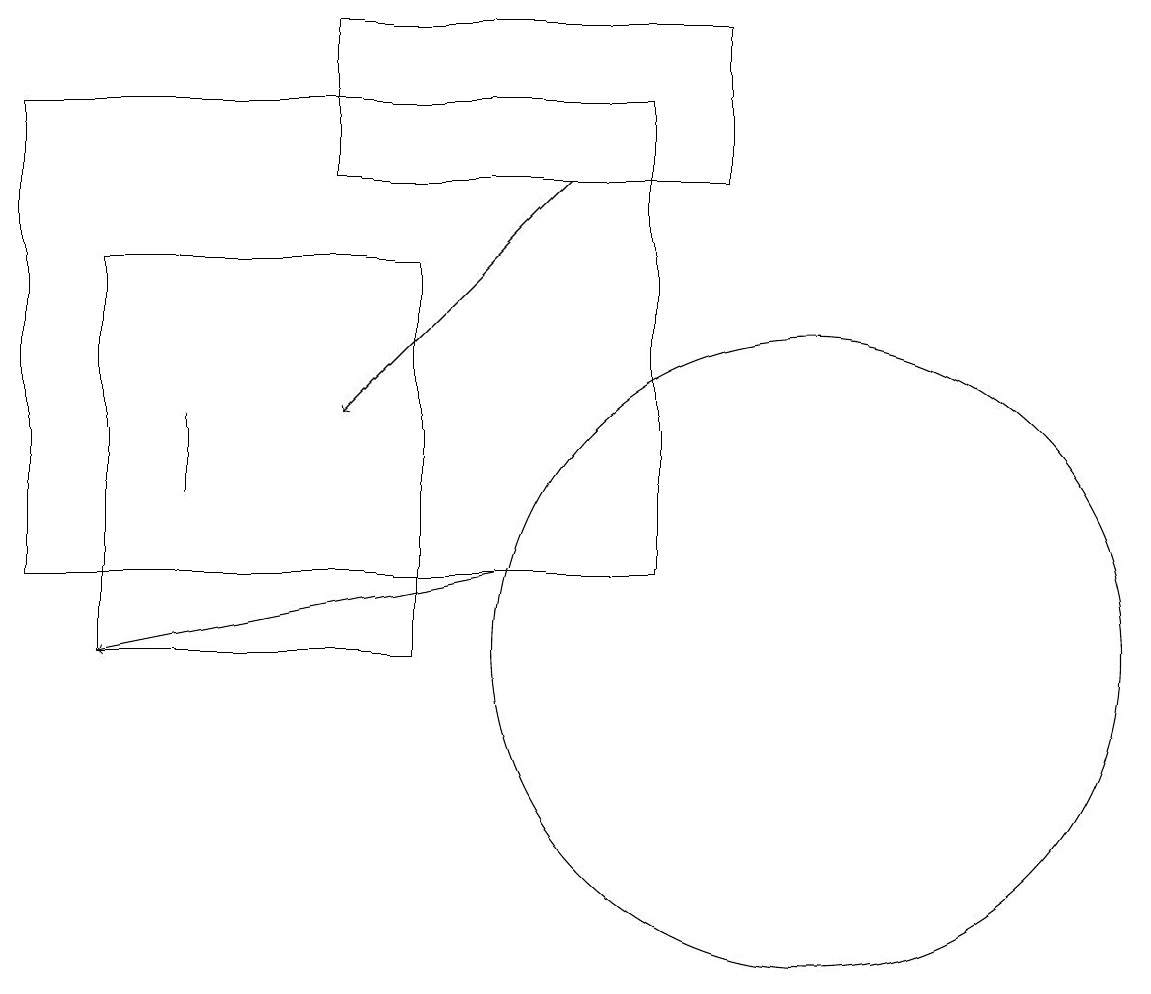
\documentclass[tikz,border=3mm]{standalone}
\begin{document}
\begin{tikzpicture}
\draw (5,16) rectangle (1,11);
\draw (9,17) rectangle (4,19);
\draw (8,12) rectangle (0,18);
\draw (10,11) circle (4);
\draw (2,13) rectangle (2,14);
\draw[->] (7,17) -- (4,14);
\draw[->] (6,12) -- (1,11);
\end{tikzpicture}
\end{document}